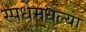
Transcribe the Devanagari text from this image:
स्पर्धेमधल्या